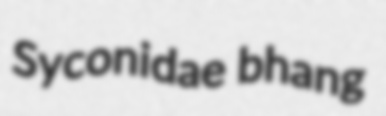
Syconidae bhang